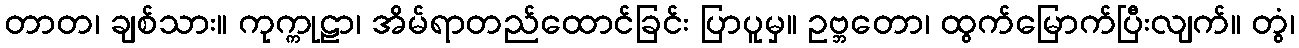
တာတ၊ ချစ်သား။ ကုက္ကုဠာ၊ အိမ်ရာတည်ထောင်ခြင်း ပြာပူမှ။ ဥဗ္ဘတော၊ ထွက်မြောက်ပြီးလျက်။ တွံ၊